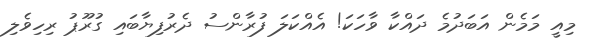
މިއީ މަމެން އަބަދުމެ ދައްކާ ވާހަަކަ! އެއްކަލަ ފުރާންސު ދެރުފިޔާބައި ގުރޫޕު ރިހިވެލި